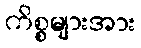
ကိစ္စများအား